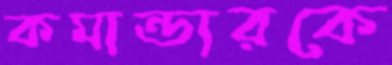
কমান্ডারকে